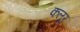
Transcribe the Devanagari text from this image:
कलूर